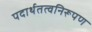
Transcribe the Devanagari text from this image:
पदार्थतत्वनिरूपण